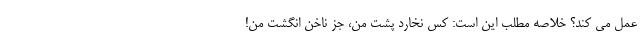
عمل می کند؟ خلاصه مطلب این است: کس نخارد پشت من، جز ناخن انگشت من!